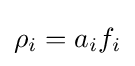
\rho _{i}=a_{i}f_{i}